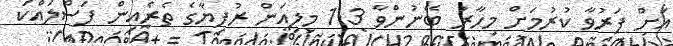
އަށް ފަރުވާ ކުރުމަށް މިހާރު ބޭނުންވާ 1.3 މިލިއަން ރުފިޔާގެ ތެރެއިން ފަސްލައްކަ